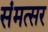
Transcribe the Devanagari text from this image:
संमत्सर